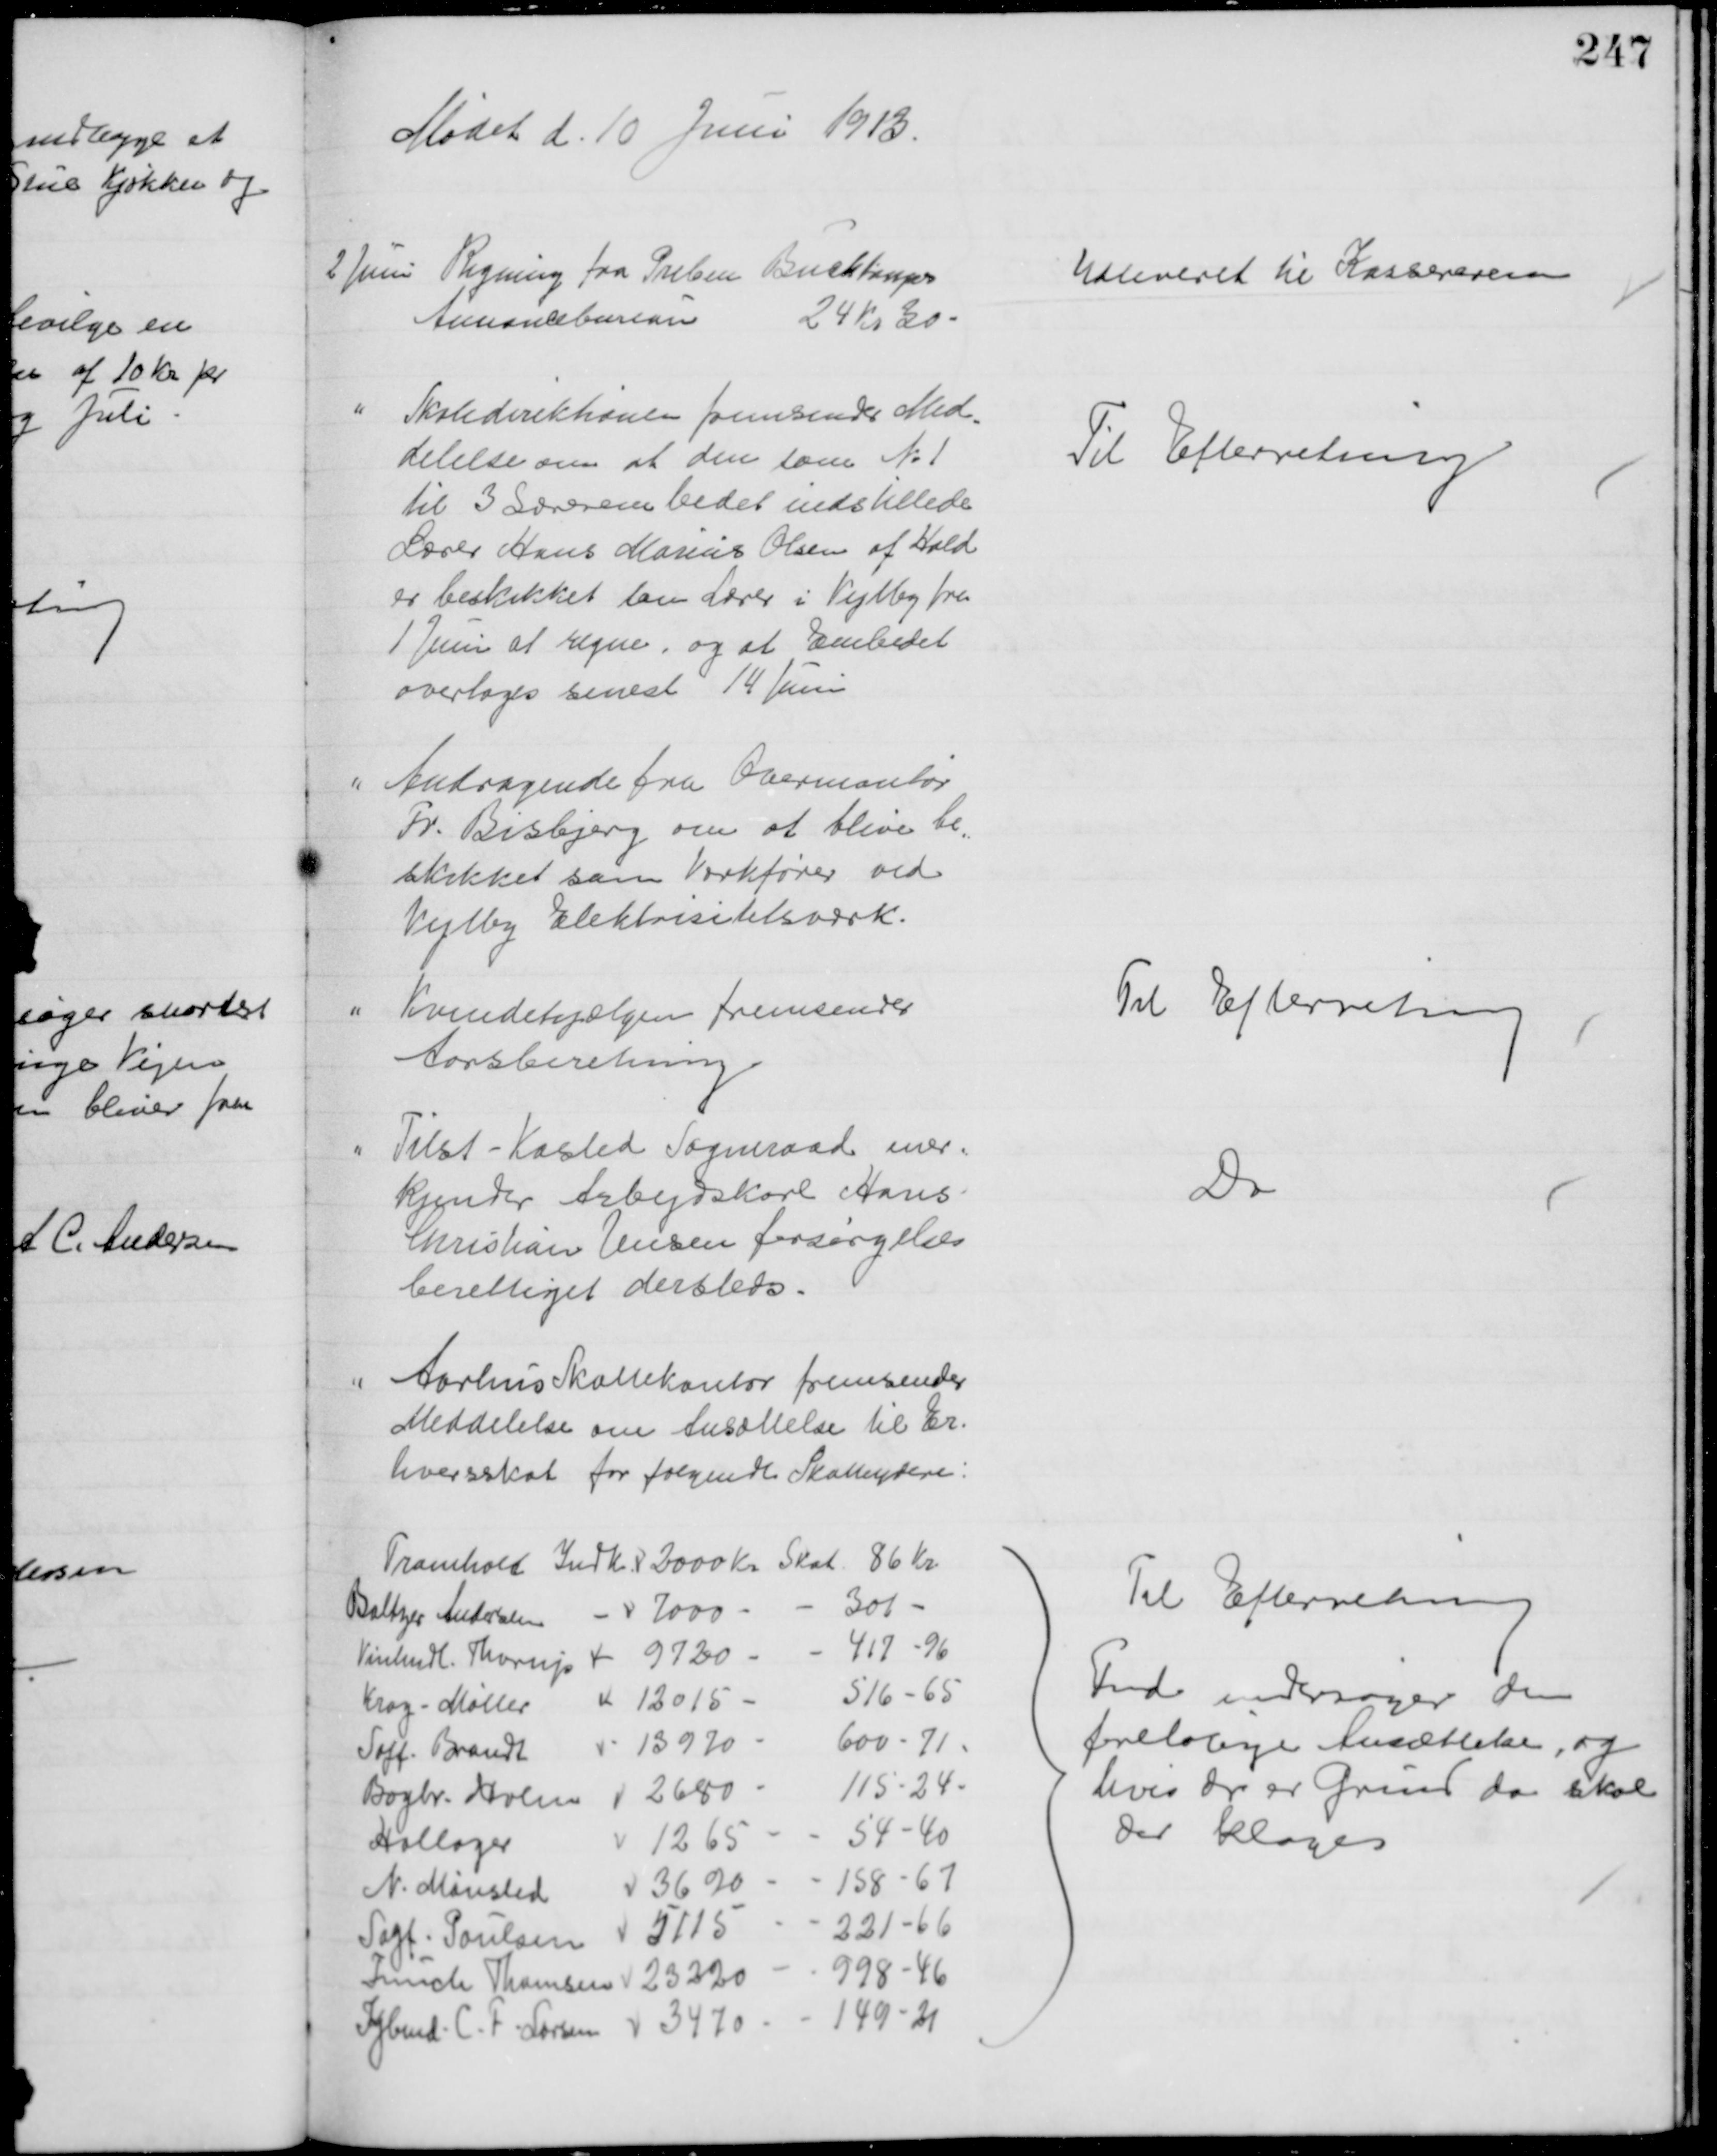
Transskription:
Mødet d. 10 Juni 1913.
2 Juni Regning fra Preben Buchtrups
Annoncebureau
24 Kr 30
Udleveret til Kassereren 
Skoledirektionen fremsender Med-
delelse om at den som № 1
til 3 Lærerembedet indstillede
Lærer Hans Marius Olsen af Hald
er beskikket som Lærer i Vejlby fra
1 Juni af regne, og at Embedet
overtages senest 14 Juni
Til Efterretning
Andragende fra Overmontør
Fr. Bisbjerg om at blive be-
skikket som Værkfører ved
Vejlby Elektrisitetsværk.
Kvindehjælpen fremsender
Aarsberetning
Til Efterretning
Tilst-Kasted Sogneraad aner-
kjender Arbejdskarl Hans
Christian Jensen forsørgelses
berettiget dersteds.
Do
Aarhus Skattekontor fremsender
Meddelelse om Ansættelse til Er-
hvervsskat for følgende Skatteydere:
Tromholt Indk. 2000 Kr Skat 86 Kr.
Baltzer Andersen
7000
300 
Vinhndl. Thorup
9720
417-96
Krag - Møller
12015
516-65
Sagf. Brandt
13970
600-71
Bogtr. Holm
2680
115-24
Hallager
1265
54-40
N. Mønsted
3690
158-67
Sagf. Poulsen
5115
221-66
Funch Thomsen
23220
998-46
Kjbmd. C. F. Larsen
3470
149-21
Til Efterretning
Fmd undersøger den
foreløbige Ansættelse, og
hvis der er Grund da skal
der klages